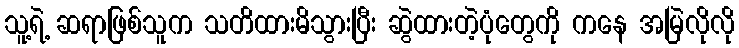
သူ့ရဲ့ ဆရာဖြစ်သူက သတိထားမိသွားပြီး ဆွဲထားတဲ့ပုံတွေကို ကနေ အမြဲလိုလို